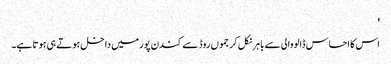
'
اس کا احساس ڈالووالی سے باہر نکل کر جموں روڈ سے کندن پور میں داخل ہوتے ہی ہوتا ہے۔